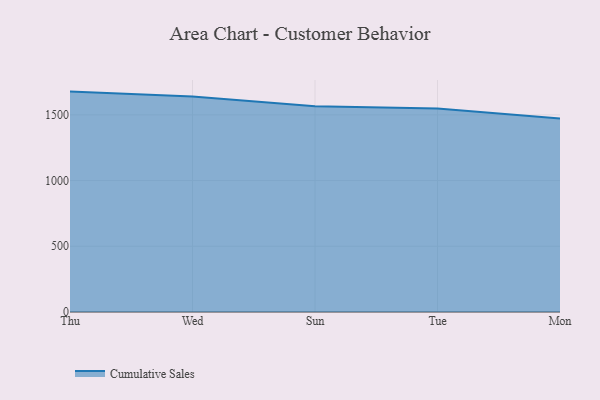
{"axis": {"x": "Day", "y": "LTV (USD)"}, "legend": ["Cumulative Sales"], "data": [{"x": "Thu", "y": 1677.1, "type": "Cumulative Sales"}, {"x": "Wed", "y": 1640.4, "type": "Cumulative Sales"}, {"x": "Sun", "y": 1566.1, "type": "Cumulative Sales"}, {"x": "Tue", "y": 1547.7, "type": "Cumulative Sales"}, {"x": "Mon", "y": 1473.2, "type": "Cumulative Sales"}]}